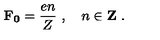
\mathbf { F _ { 0 } } = \frac { e n } { Z } \ , \quad n \in { \bf Z } \ .